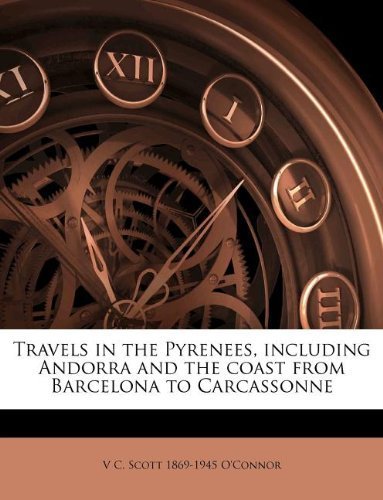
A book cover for Travels in the Pyrenees, including Andorra and the coast from Barcelona to Carcassonne by O'Connor, V C. Scott 1869-1945 (2011) Paperback; Travel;